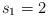
LaTeX: \begin{align*}s_1=2\end{align*}